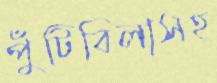
পুঁটিবিলাসহ